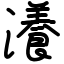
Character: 瀁